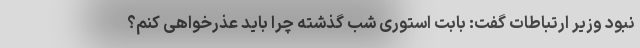
نبود وزیر ارتباطات گفت: بابت استوری شب گذشته چرا باید عذر‌خواهی کنم؟